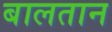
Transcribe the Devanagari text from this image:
बालतान